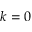
k = 0